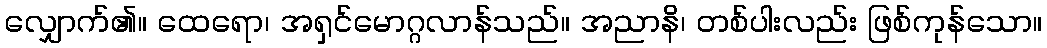
လျှောက်၏။ ထေရော၊ အရှင်မောဂ္ဂလာန်သည်။ အညာနိ၊ တစ်ပါးလည်း ဖြစ်ကုန်သော။